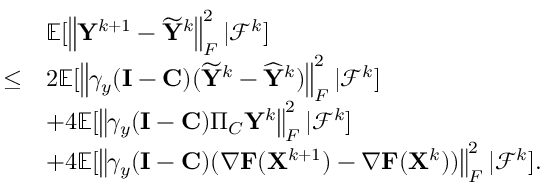
\begin{array} { r l } & { { \mathbb { E } } [ \left\| { \mathbf { Y } } ^ { k + 1 } - \widetilde { { \mathbf { Y } } } ^ { k } \right\| _ { F } ^ { 2 } \vert { \mathcal { F } } ^ { k } ] } \\ { \leq } & { 2 { \mathbb { E } } [ \left\| \gamma _ { y } ( { \mathbf { I } } - { \mathbf { C } } ) ( \widetilde { { \mathbf { Y } } } ^ { k } - \widehat { { \mathbf { Y } } } ^ { k } ) \right\| _ { F } ^ { 2 } \vert { \mathcal { F } } ^ { k } ] } \\ & { + 4 { \mathbb { E } } [ \left\| \gamma _ { y } ( { \mathbf { I } } - { \mathbf { C } } ) \Pi _ { C } { \mathbf { Y } } ^ { k } \right\| _ { F } ^ { 2 } \vert { \mathcal { F } } ^ { k } ] } \\ & { + 4 { \mathbb { E } } [ \left\| \gamma _ { y } ( { \mathbf { I } } - { \mathbf { C } } ) ( \nabla { \mathbf { F } } ( { \mathbf { X } } ^ { k + 1 } ) - \nabla { \mathbf { F } } ( { \mathbf { X } } ^ { k } ) ) \right\| _ { F } ^ { 2 } \vert { \mathcal { F } } ^ { k } ] . } \end{array}